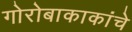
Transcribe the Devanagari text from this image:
गोरोबाकाकांचे